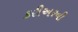
કરીઅરની